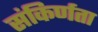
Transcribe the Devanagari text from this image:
संकिर्णता